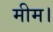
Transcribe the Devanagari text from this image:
मीम।